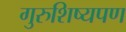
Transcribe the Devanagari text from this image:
गुरुशिष्यपण